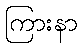
ကြားနာ